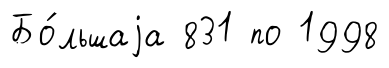
Бо́льшаjа 831 по 1998